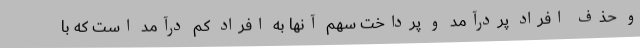
و حذف افراد پردرآمد و پرداخت سهم آنها به افراد کم درآمد است که با